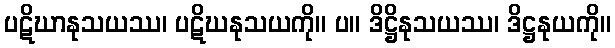
ပဋိဃာနုသယဿ၊ ပဋိဃနုသယကို။ ပ။ ဒိဋ္ဌိနုသယဿ၊ ဒိဋ္ဌနုယကို။